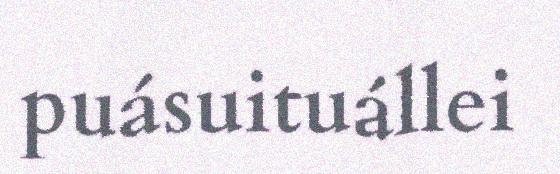
puásuituállei